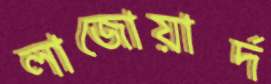
লাজোয়ার্দ